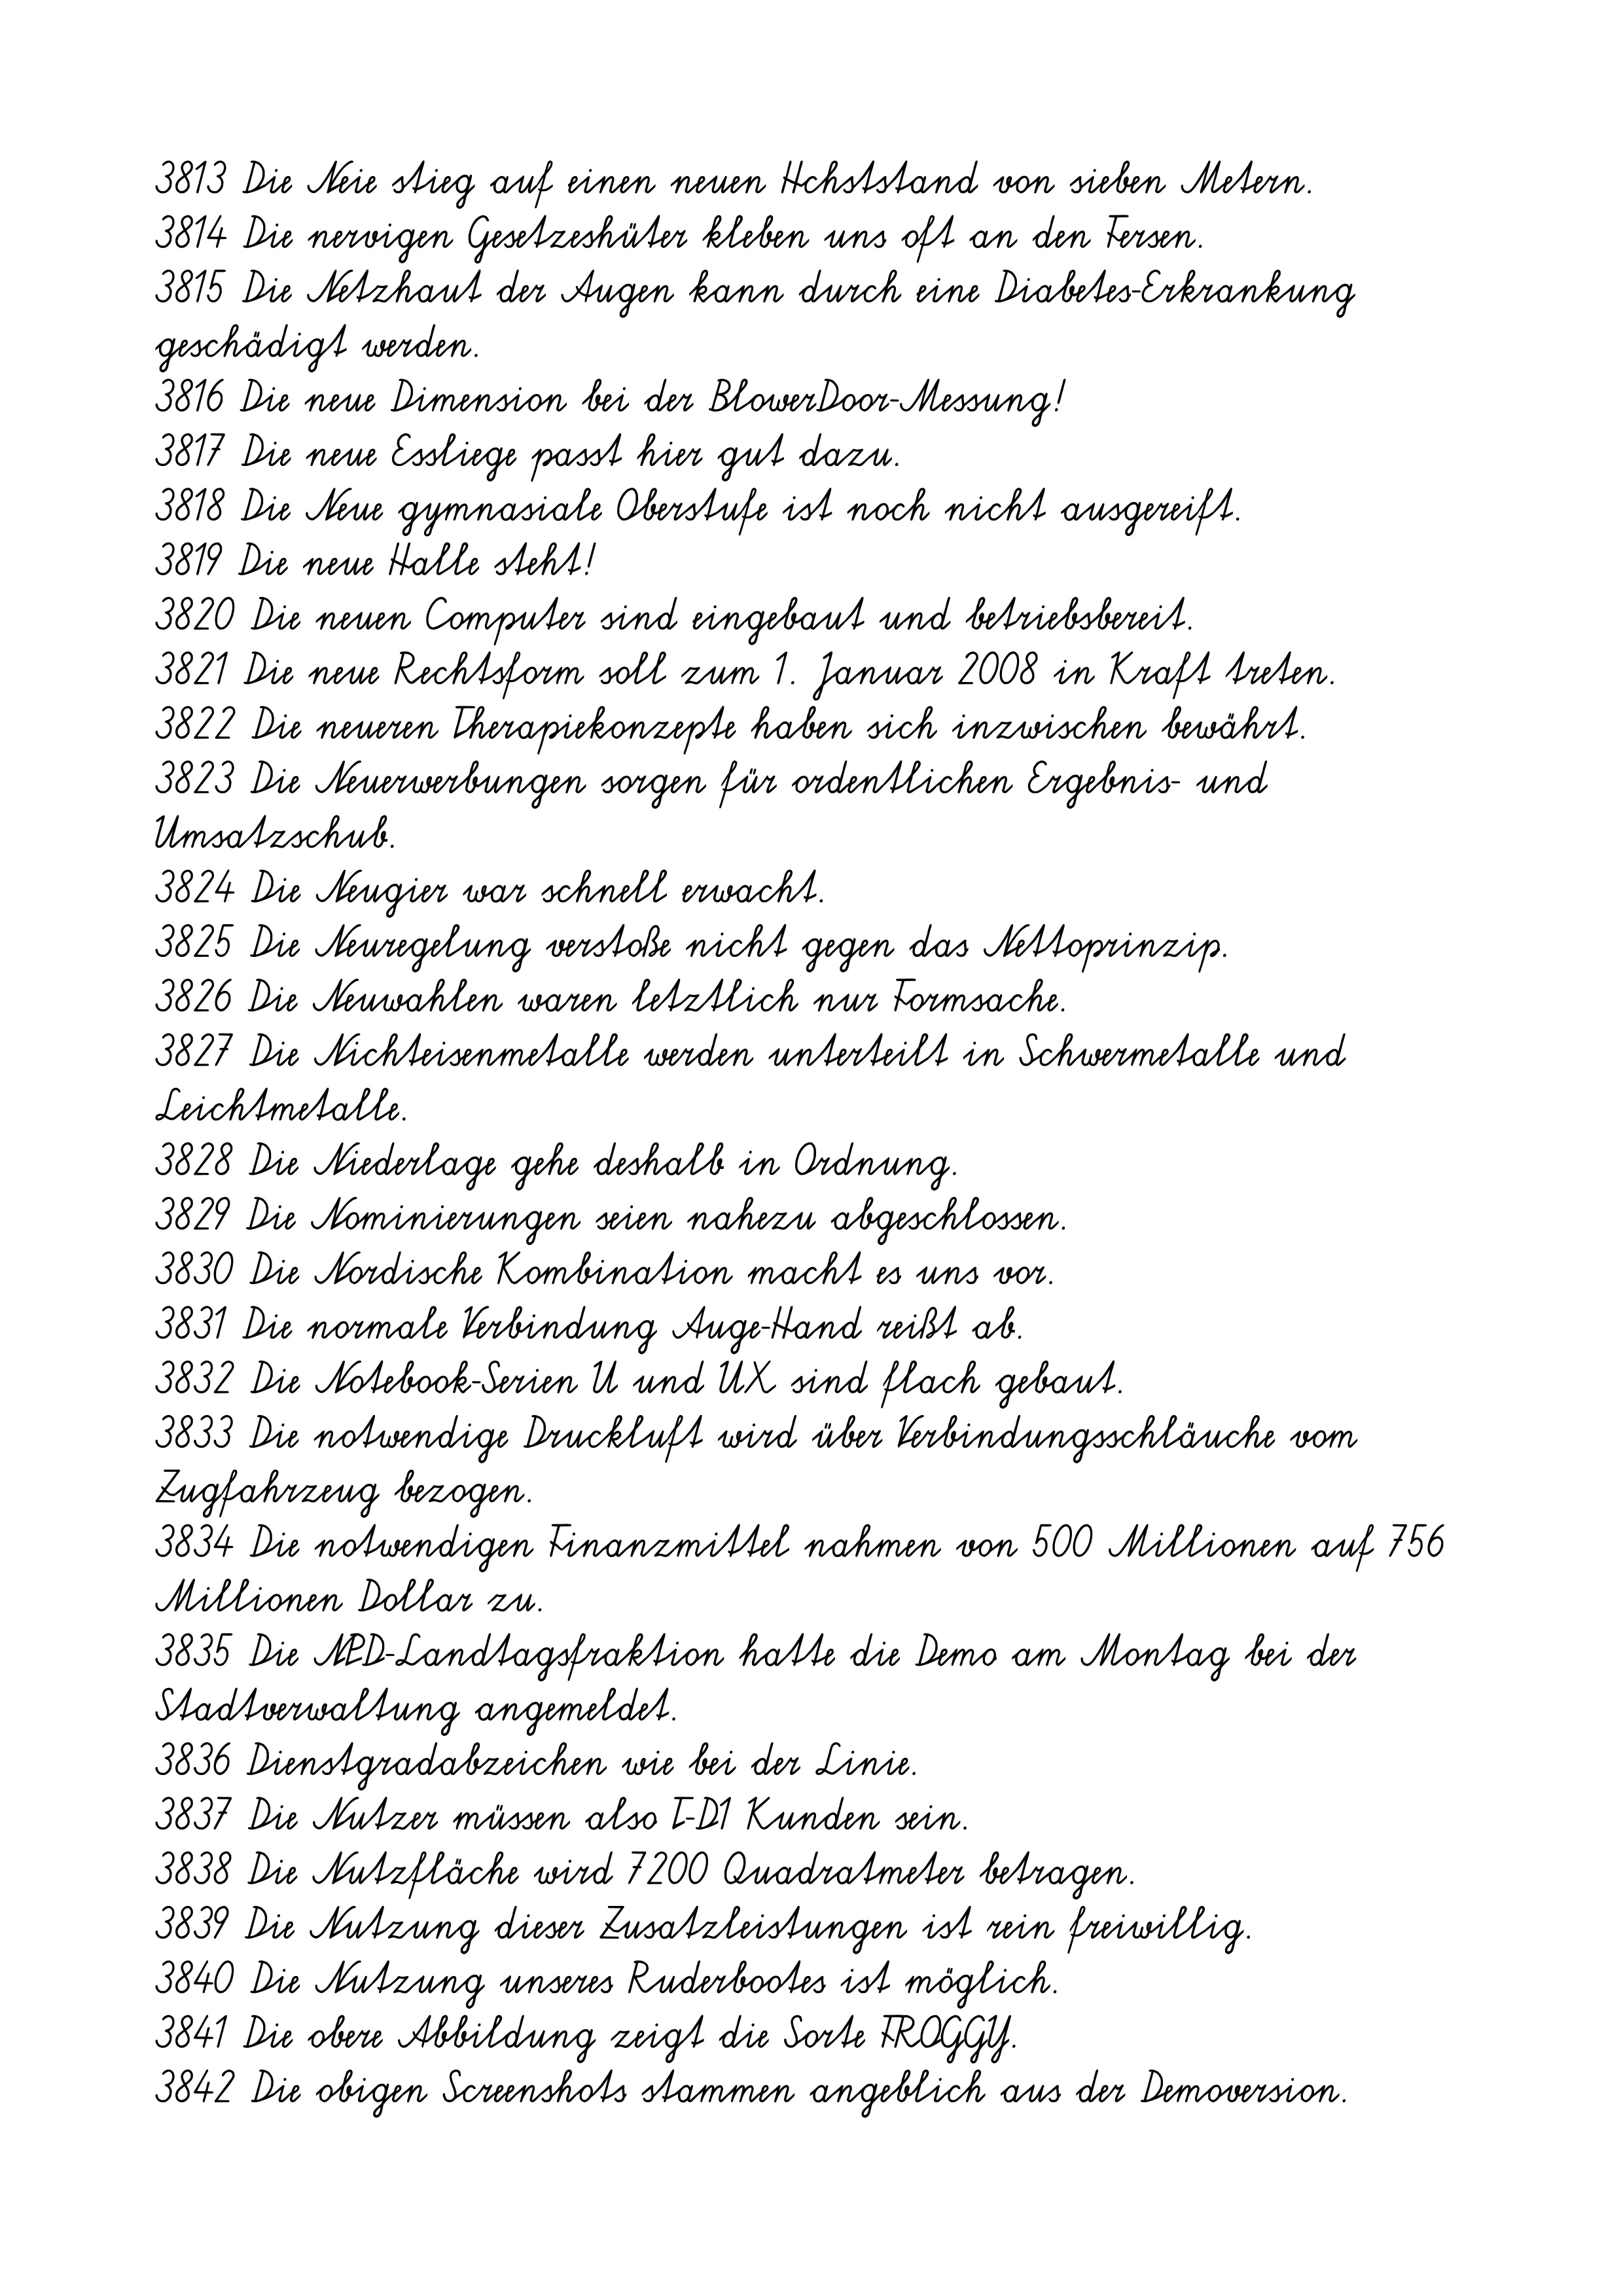
3813 Die Neie stieg auf einen neuen Hchststand von sieben Metern.
3814 Die nervigen Gesetzeshüter kleben uns oft an den Fersen.
3815 Die Netzhaut der Augen kann durch eine Diabetes-Erkrankung
geschädigt werden.
3816 Die neue Dimension bei der BlowerDoor-Messung!
3817 Die neue Essliege passt hier gut dazu.
3818 Die Neue gymnasiale Oberstufe ist noch nicht ausgereift.
3819 Die neue Halle steht!
3820 Die neuen Computer sind eingebaut und betriebsbereit.
3821 Die neue Rechtsform soll zum 1. Januar 2008 in Kraft treten.
3822 Die neueren Therapiekonzepte haben sich inzwischen bewährt.
3823 Die Neuerwerbungen sorgen für ordentlichen Ergebnis- und
Umsatzschub.
3824 Die Neugier war schnell erwacht.
3825 Die Neuregelung verstoße nicht gegen das Nettoprinzip.
3826 Die Neuwahlen waren letztlich nur Formsache.
3827 Die Nichteisenmetalle werden unterteilt in Schwermetalle und
Leichtmetalle.
3828 Die Niederlage gehe deshalb in Ordnung.
3829 Die Nominierungen seien nahezu abgeschlossen.
3830 Die Nordische Kombination macht es uns vor.
3831 Die normale Verbindung Auge-Hand reißt ab.
3832 Die Notebook-Serien U und UX sind flach gebaut.
3833 Die notwendige Druckluft wird über Verbindungsschläuche vom
Zugfahrzeug bezogen.
3834 Die notwendigen Finanzmittel nahmen von 500 Millionen auf 756
Millionen Dollar zu.
3835 Die NPD-Landtagsfraktion hatte die Demo am Montag bei der
Stadtverwaltung angemeldet.
3836 Dienstgradabzeichen wie bei der Linie.
3837 Die Nutzer müssen also T-D1 Kunden sein.
3838 Die Nutzfläche wird 7200 Quadratmeter betragen.
3839 Die Nutzung dieser Zusatzleistungen ist rein freiwillig.
3840 Die Nutzung unseres Ruderbootes ist möglich.
3841 Die obere Abbildung zeigt die Sorte FROGGY.
3842 Die obigen Screenshots stammen angeblich aus der Demoversion.